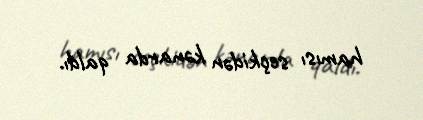
hamısı seçkidən kənarda qaldı.